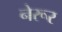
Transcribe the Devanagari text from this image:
नेरूर